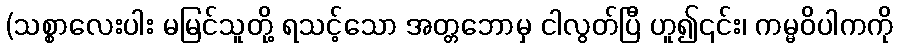
(သစ္စာလေးပါး မမြင်သူတို့ ရသင့်သော အတ္တဘောမှ ငါလွတ်ပြီ ဟူ၍၎င်း၊ ကမ္မဝိပါကကို